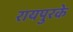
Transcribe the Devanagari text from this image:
रायपुरके